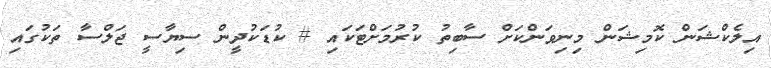
އިލެކްޝަން ކޮމިޝަން މިނިވަންކަށް ސާބިތު ކުރުމަށްޓަކައި # ކުޑަކުދީން ސިޔާސީ ޖަލްސާ ތަކުގައި